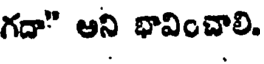
గదా" అని భావించాలి.